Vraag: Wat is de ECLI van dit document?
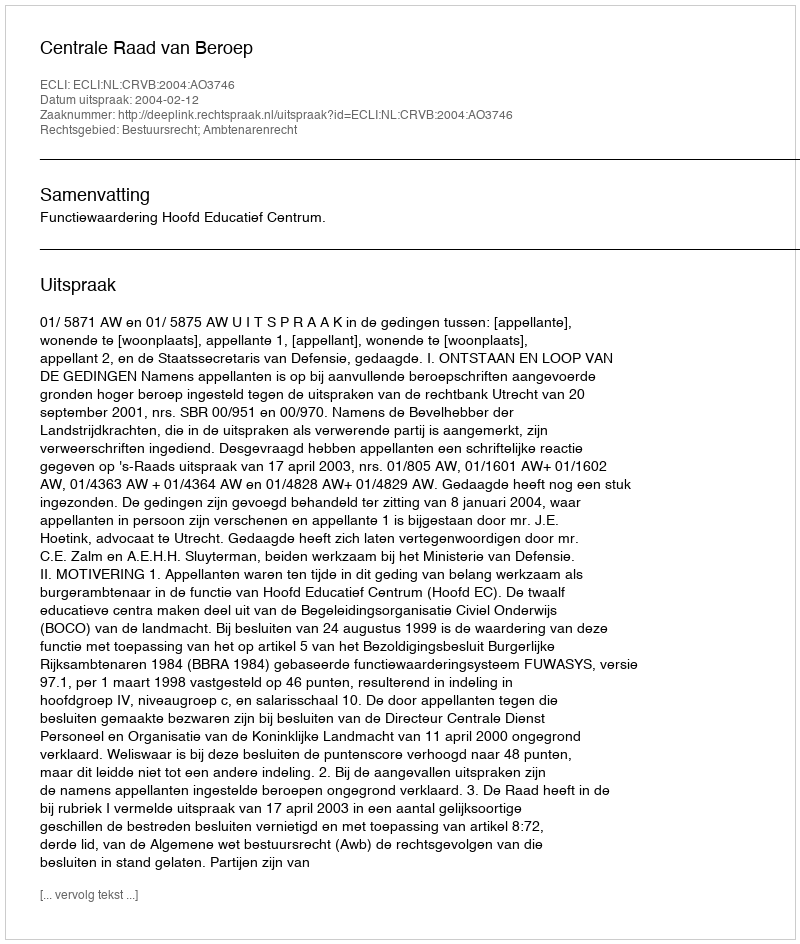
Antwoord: ECLI:NL:CRVB:2004:AO3746